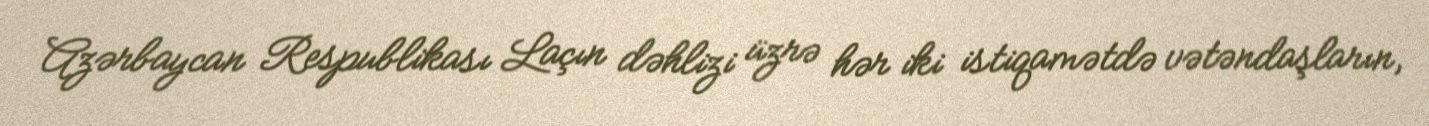
Azərbaycan Respublikası Laçın dəhlizi üzrə hər iki istiqamətdə vətəndaşların,